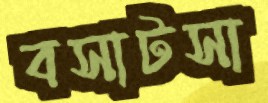
বসাটসা